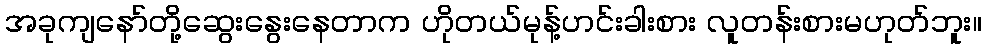
အခုကျနော်တို့ဆွေးနွေးနေတာက ဟိုတယ်မုန့်ဟင်းခါးစား လူတန်းစားမဟုတ်ဘူး။